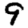
Digit: 9